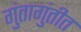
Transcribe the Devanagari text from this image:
गुंतागुंतीत